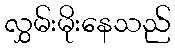
လွှမ်းမိုးနေသည်